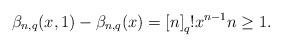
LaTeX: \begin{align*}\mathit{\beta}_{n,q}(x,1)-\mathit{\beta}_{n,q}(x)=\left[ n\right]_{q}!x^{n-1}n\geq1.\end{align*}